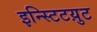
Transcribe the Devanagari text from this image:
इन्स्टिटय़ुट